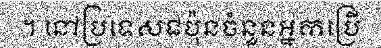
។ នៅប្រទេសជប៉ុនចំនួនអ្នកប្រើ